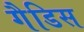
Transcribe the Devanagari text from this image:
गैडिस